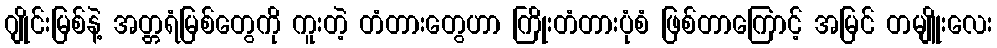
ဂျိုင်းမြစ်နဲ့ အတ္တရံမြစ်တွေကို ကူးတဲ့ တံတားတွေဟာ ကြိုးတံတားပုံစံ ဖြစ်တာကြောင့် အမြင် တမျိူးလေး